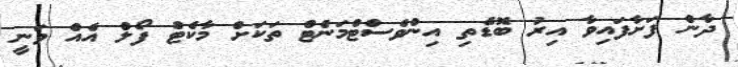
ދާން ފަށާފައިވާ އިރު ބޮޑެތި އިންވެސްޓްމަންޓް ތަކަށް މާކެޓް ފޯލް އެއް ވަނީ